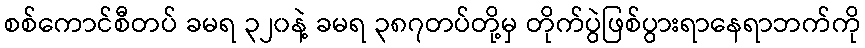
စစ်ကောင်စီတပ် ခမရ ၃၂၀နဲ့ ခမရ ၃၈၇တပ်တို့မှ တိုက်ပွဲဖြစ်ပွားရာနေရာဘက်ကို